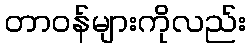
တာဝန်များကိုလည်း